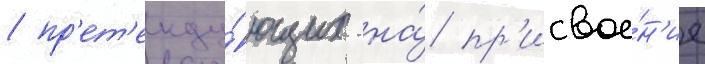
/ пр'ет'енду́ющих на́ пр'исвое́н'ие